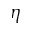
\eta